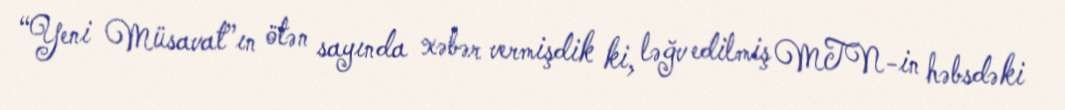
“Yeni Müsavat”ın ötən sayında xəbər vermişdik ki, ləğv edilmiş MTN-in həbsdəki